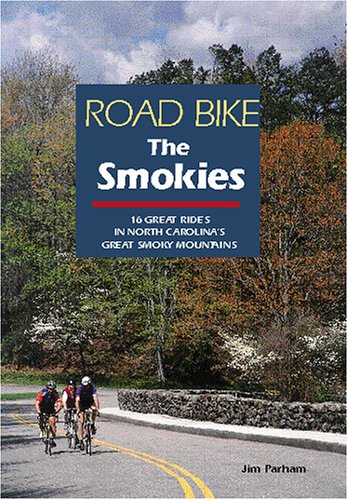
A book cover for Road Bike the Smokies: 16 Great Rides in North Carolina's Great Smoky Mountains; Jim Parham; Travel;